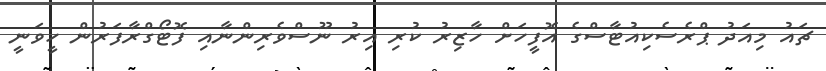
ޗައު މިއަދު ޕްރެސެކިއުޓާސްގެ އޮފީހަށް ހާޒިރު ކުރި އިރު ނޫސްވެރިންނާއި ފޮޓޯގްރާފަރުން ހީވަނީ